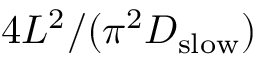
4 L ^ { 2 } / ( \pi ^ { 2 } D _ { \mathrm { s l o w } } )